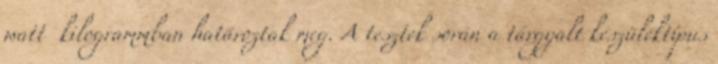
watt kilogrammban határoztak meg. A tesztek során a tárgyalt készüléktípus